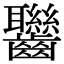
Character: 𪚀